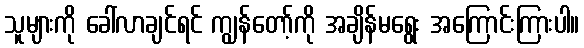
သူများကို ခေါ်လာချင်ရင် ကျွန်တော့်ကို အချိန်မရွေး အကြောင်းကြားပါ။